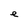
Character: e